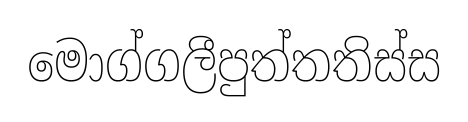
මොග්ගලීපුත්තතිස්ස